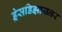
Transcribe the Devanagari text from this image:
ड्रेसडिझायनर